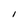
Character: I